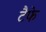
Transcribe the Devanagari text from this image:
टैफे